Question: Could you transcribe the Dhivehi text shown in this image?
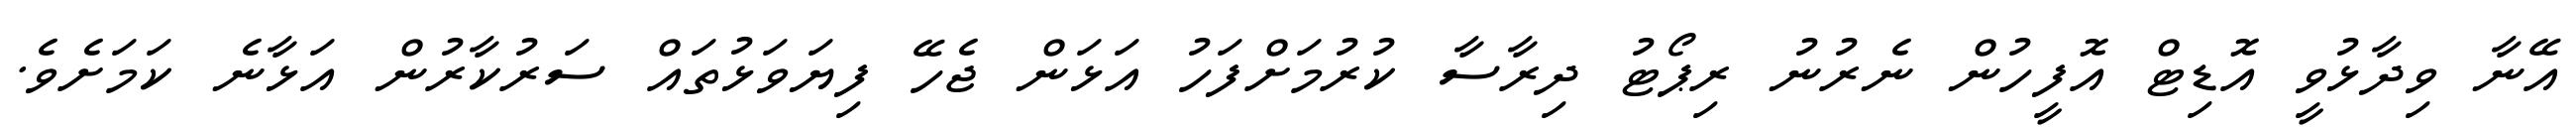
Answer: އޭނާ ވިދާޅުވީ އޮޑިޓް އޮފީހުން ނެރުނު ރިޕޯޓު ދިރާސާ ކުރުމަށްފަހު އަޅަން ޖެހޭ ފިޔަވަޅުތައް ސަރުކާރުން އަޅާނެ ކަމަށެވެ.